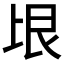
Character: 𰀏